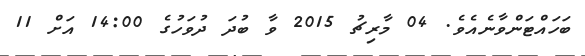
ބަހައްޓަންވާނެއެވެ. 04 މާރިޗު 2015 ވާ ބުދަ ދުވަހުގެ 14:00 އަށް 11